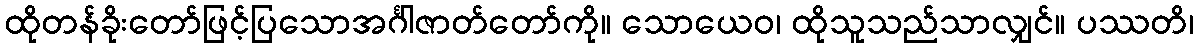
ထိုတန်ခိုးတော်ဖြင့်ပြသောအင်္ဂါဇာတ်တော်ကို။ သောယေဝ၊ ထိုသူသည်သာလျှင်။ ပဿတိ၊